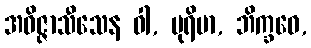
အဝိဇ္ဇာသီသေန ဝါ, ပုရိမာ, ဘိက္ခဝေ,